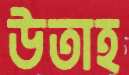
উতাহ